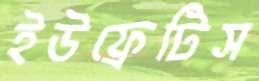
ইউফ্রেটিস